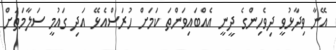
އޭނާ ވިދާޅުވީ ދިވެހިންގެ ދީނީ އެއްބައިވަންތަ ކަމަށް ހުރަސްއެޅޭ އަދި ގައުމީ ސަލާމަތަށް